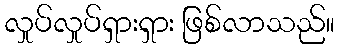
လှုပ်လှုပ်ရှားရှား ဖြစ်လာသည်။